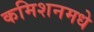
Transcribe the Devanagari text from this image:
कमिशनमधे